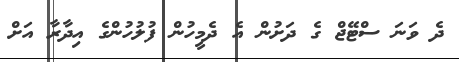
ދެ ވަނަ ސްޓޭޖް ގެ ދަށުން އެ ދެމީހުން ފުލުހުންގެ އިދާރާ އަށް